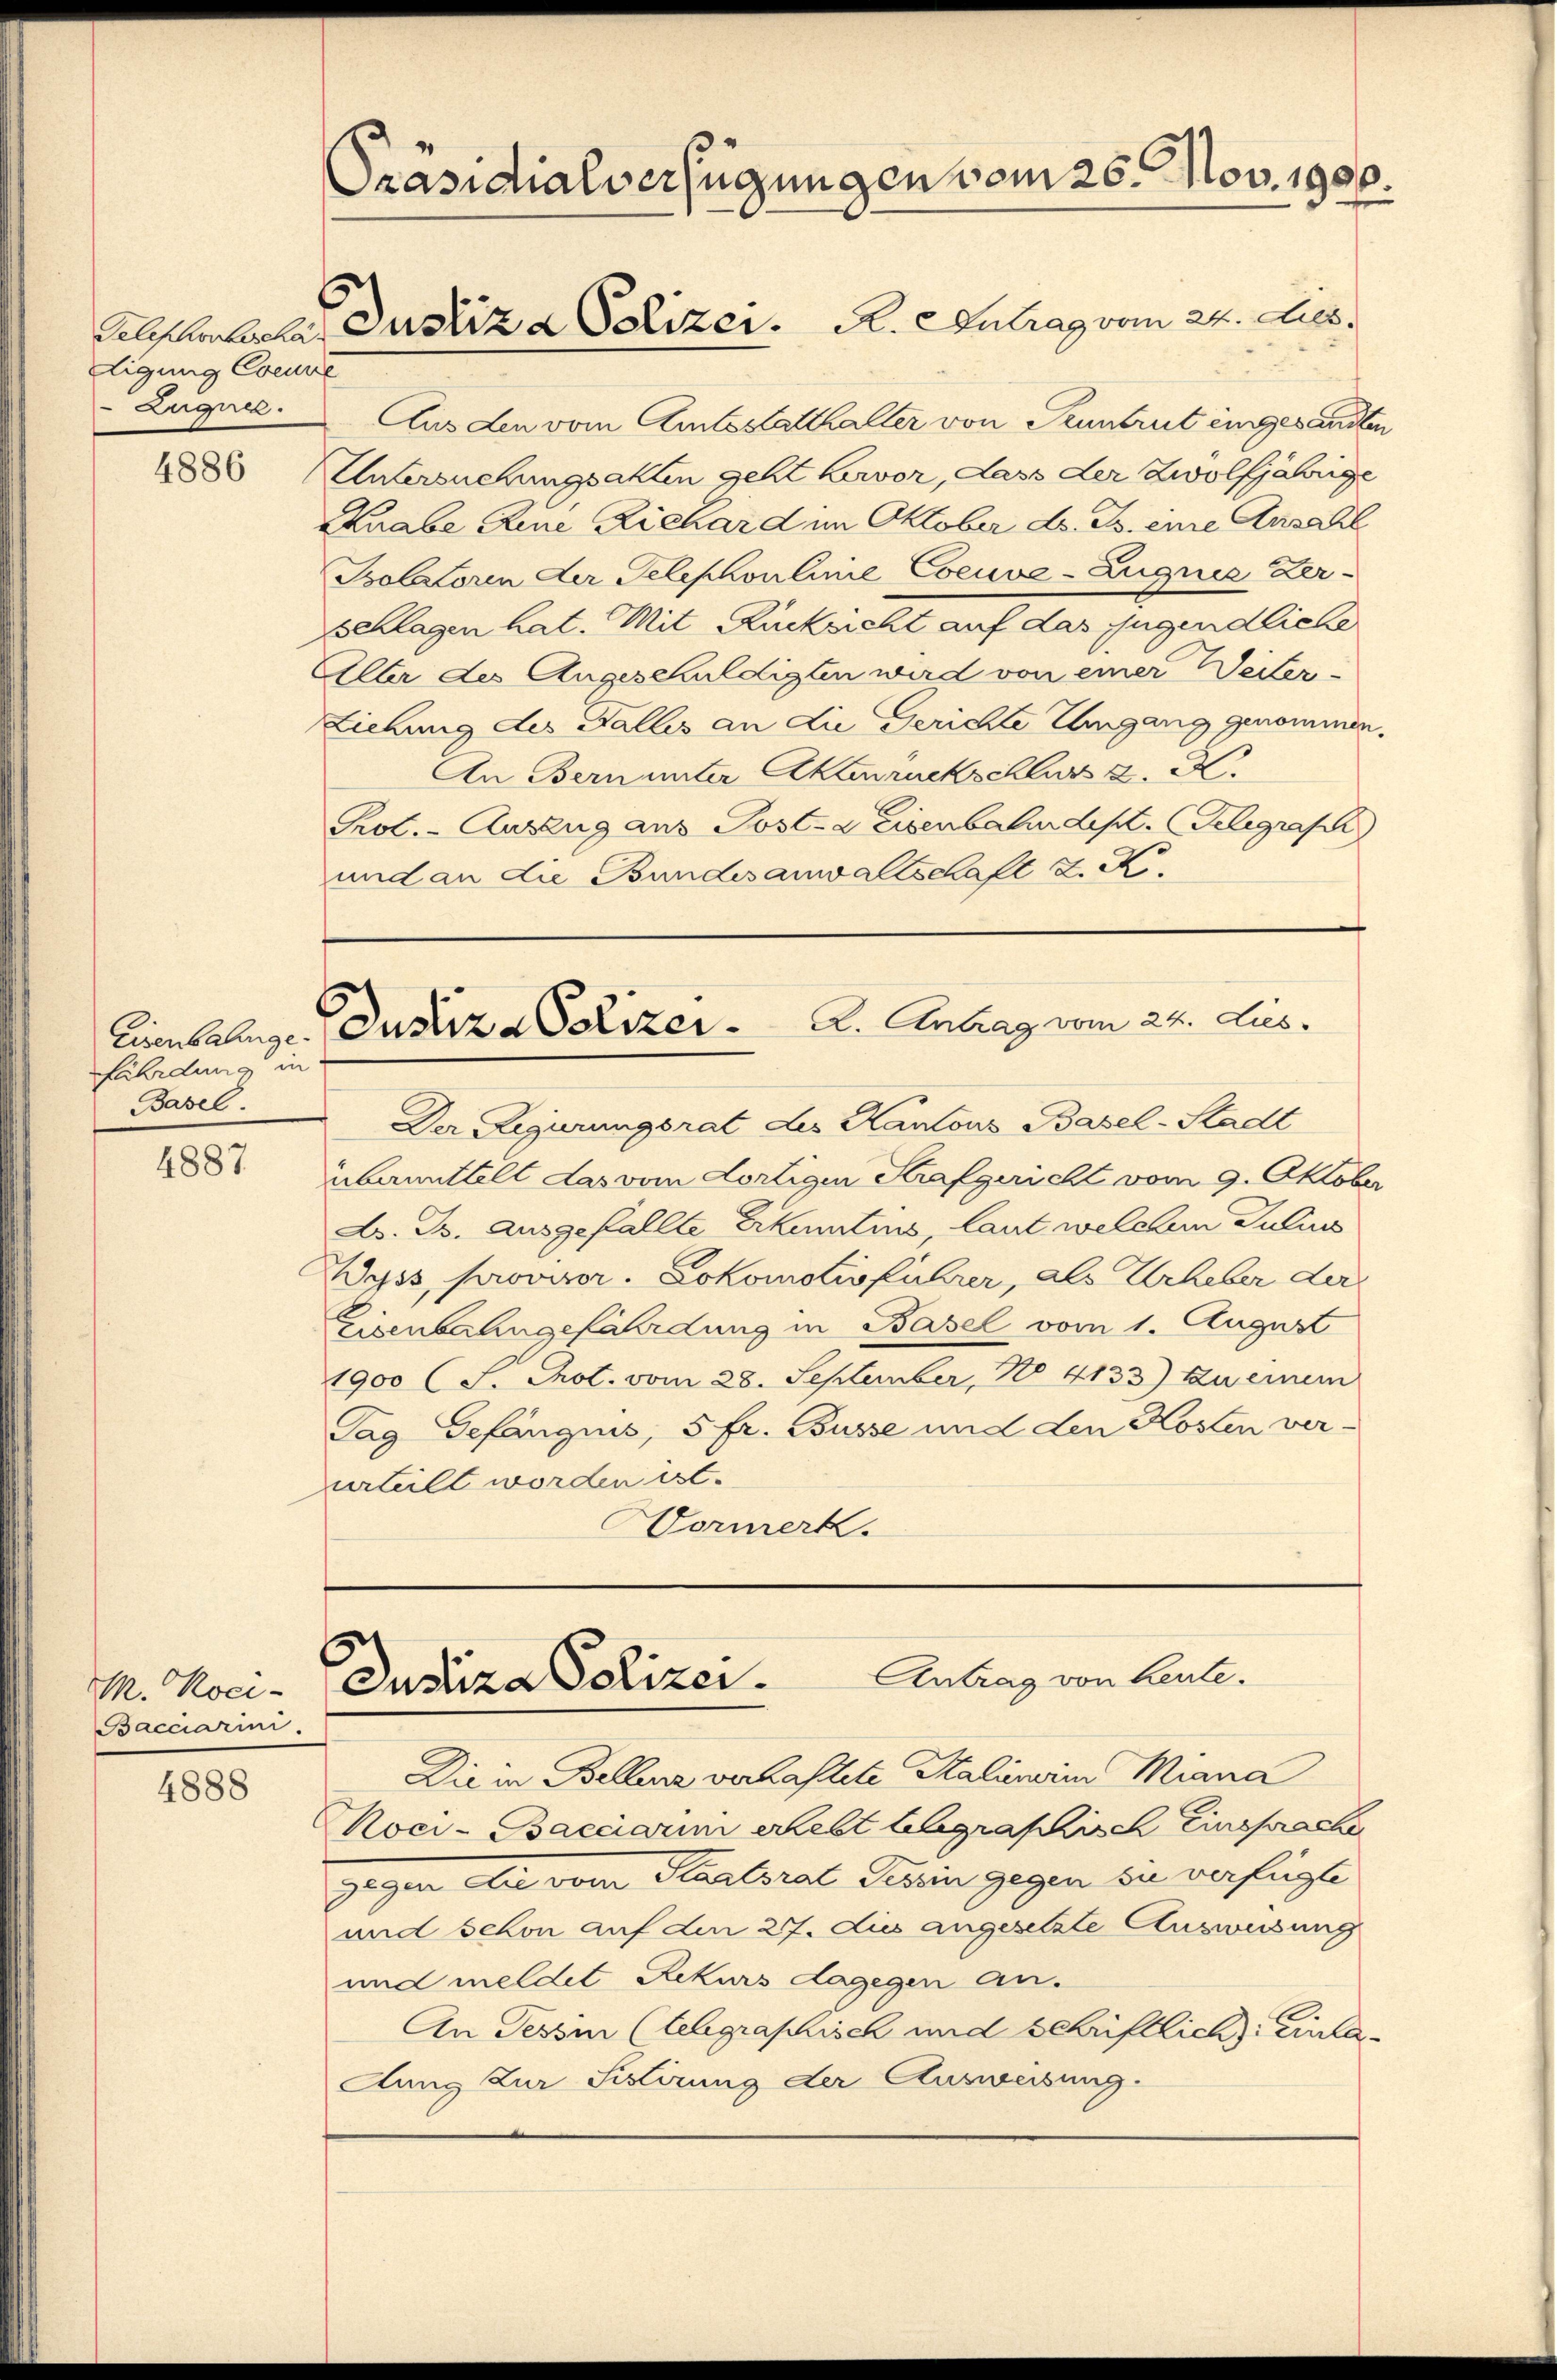
digung Coeune
Eugnet.

4886

Eisenbahnge
fährdung in
Basel

4887

M. Koci-
Bacciarini.

4888

Präsidialverfügungen vom 26. Nov. 1906.

Alsterlierter Justiz & Polizer. R. entrag vom 24. Dies

Justiz -Polizer. A. Antrag vom 24. Jus

Aus den vom Amtsstatthalter von Pruntrut eingesandten
Untersuchungsakten geht hervor, dass der Zwölfjährige
Kknabe Reue Richard im Oktober d. Js. eine Ansahl
Bolatoren der Telephonlinie Cocuve-Zugnis Zer-
Splügen hat. Mit Rücksicht auf das jugendliche
Alter des Angeschuldigten wird von einer Weiter-
Ziehung des Fallis an die Gerichte Umgang genommen.
An Bern unter Aktenruckschluss 2. X.
Prot. - Auszug aus Post-Keisenbahndept. (Telegrasc
und an die Bundesanwalschaft K. K.

Der Regierungsrat des Kantons Basel-Stadt
übermittelt das vom dortigen Strafgericht vom 9. Oktober
Dr. Js. ausgefallte Erkenntnis, laut welchen Julius
Wyss, provisor. Lokomotivführer, als Urheber der
Eisenbahngefährdung in Basel vom 1. August
1900 (S. Prot. vom 28. September, No. 4133) zu einem
Tag Gefängnis, 5 fr. Busse und den Kosten ver-
urteilt worden ist.
Vormerk.

Antrag von Leute.
Justiza Polizei.

Die in Bellenz verhaftete Stalienerin Miana
oci-Bacciarin erlebt telegraschisch Einsprache
gegen die vom Staatsrat Dein gegen sie verfügte
und schon auf den 27. dies angesetzte Ausweisung
und meldet Rekurs dagegen an.
An Tessin (legraphisch und schriftlich Einla¬
Aung zur Sistirung der Ausweisung.